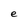
Character: e